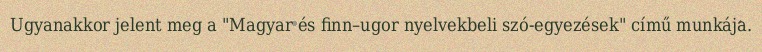
Ugyanakkor jelent meg a "Magyar és finn–ugor nyelvekbeli szó-egyezések" című munkája.